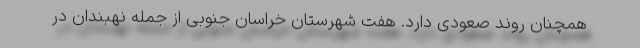
همچنان روند صعودی دارد. هفت شهرستان خراسان جنوبی از جمله نهبندان در